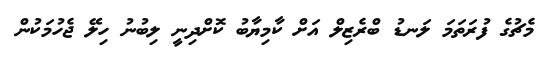
މެޗުގެ ފުރަތަމަ ލަނޑު ބްރެޒިލް އަށް ކާމިޔާބު ކޮށްދިނީ ލިބުނު ހިލޭ ޖެހުމަކުން